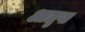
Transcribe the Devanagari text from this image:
आतृप्त